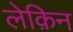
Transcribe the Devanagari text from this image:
लेक़िन